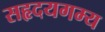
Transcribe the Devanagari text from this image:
सहृदयगम्य